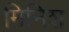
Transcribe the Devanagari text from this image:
मिनिश